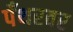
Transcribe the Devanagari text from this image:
पँथरवर